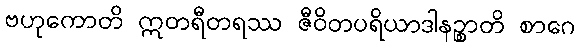
ဗဟုကောတိ ဣတရီတရဿ ဇီဝိတပရိယာဒါနဉ္စာတိ စာဂေ